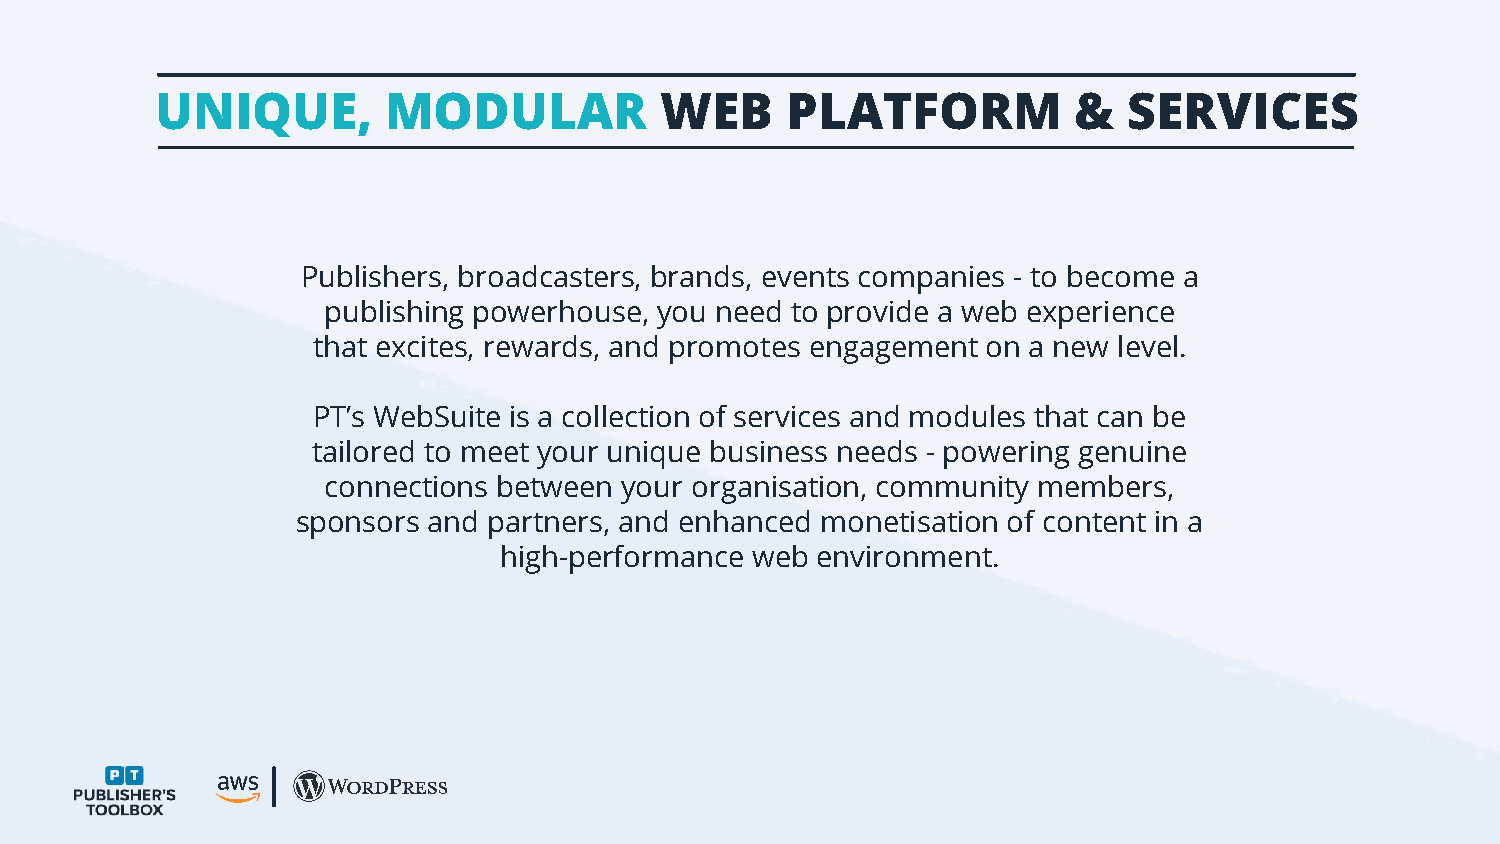
UNIQUE,         MODULAR           WEB     PLATFORM           &   SERVICES
 Publishers, broadcasters, brands, events companies - to become a
 publishing powerhouse, you need to provide a web experience
 that excites, rewards, and promotes engagement on a new level.
 PT’s WebSuite is a collection of services and modules that can be
 tailored to meet your unique business needs - powering genuine
 connections between your organisation, community members,
 sponsors and partners, and enhanced monetisation of content in a
 high-performance web environment.